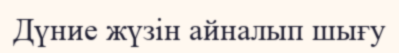
Дүние жүзін айналып шығу